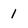
Character: 1